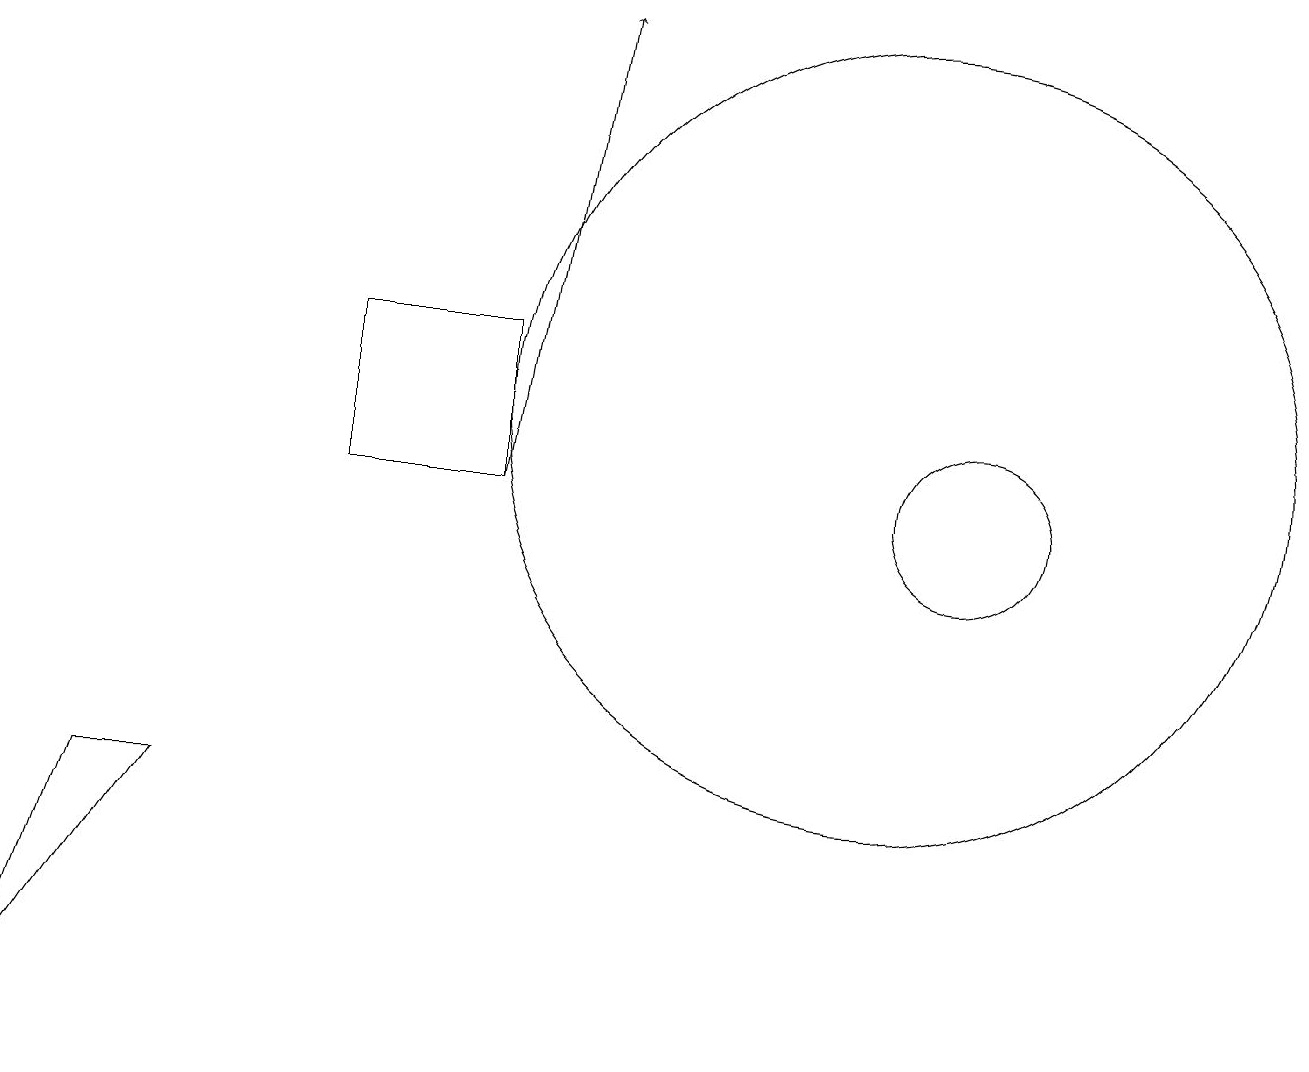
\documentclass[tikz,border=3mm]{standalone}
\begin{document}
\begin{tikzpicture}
\draw (6,10) rectangle (4,12);
\draw (12,10) circle (1);
\draw[->] (6,10) -- (7,16);
\draw (11,11) circle (5);
\draw (1,6) -- (2,6) -- (0,3) -- cycle;
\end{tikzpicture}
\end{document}